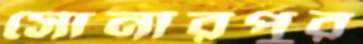
সোনারপুর